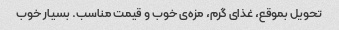
تحویل بموقع، غذای گرم، مزه‌ی خوب و قیمت مناسب. بسیار خوب